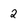
Character: 2